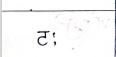
मजकूर: टः